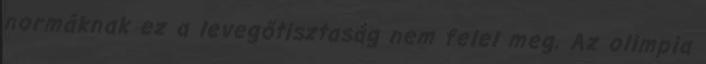
normáknak ez a levegőtisztaság nem felel meg. Az olimpia